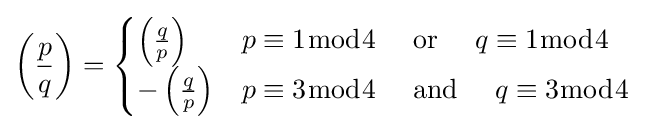
\left({\frac {p}{q}}\right)={\begin{cases}\left({\tfrac {q}{p}}\right)&p\equiv 1{\bmod {4}}\quad {\text{ or }}\quad q\equiv 1{\bmod {4}}\\-\left({\tfrac {q}{p}}\right)&p\equiv 3{\bmod {4}}\quad {\text{ and }}\quad q\equiv 3{\bmod {4}}\end{cases}}